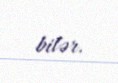
bilər.